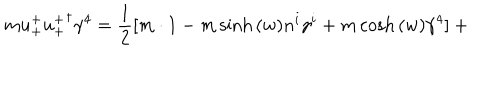
LaTeX: m u _ { + } ^ { + } { u _ { + } ^ { + } } ^ { \dagger } \gamma ^ { 4 } = \frac { 1 } { 2 } [ m \cdot 1 - m \sinh { ( w ) } n ^ { i } \gamma ^ { i } + m \cosh { ( w ) } \gamma ^ { 4 } ] + \hspace { 4 c m }